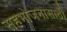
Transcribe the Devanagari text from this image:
सहभोजनासाठी